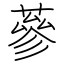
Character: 蔘